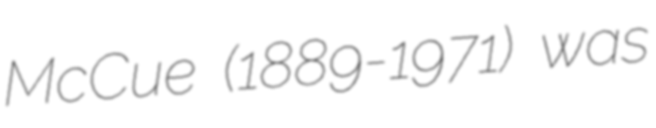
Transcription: McCue (1889-1971) was